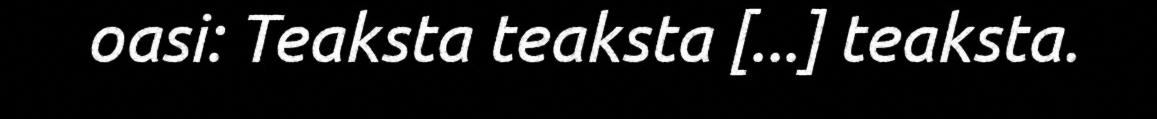
oasi: Teaksta teaksta [...] teaksta.